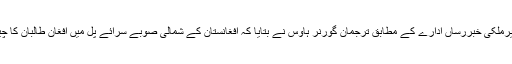
دوری جانب ترجمان افغان طالبان ذبیح اللہ مجاہد نے حملے کی ذمہ داری قبول کرلی ہے،غیرملکی خبررساں ادارے کے مطابق ترجمان گورنر ہاوس نے بتایا کہ افغانستان کے شمالی صوبے سرائے پل میں افغان طالبان کا چیک پوسٹ پر حملے کے نتیجے میں چھ پولیس اہلکار جاں بحق اور چیک پوسٹ تباہ ہوگئی ۔